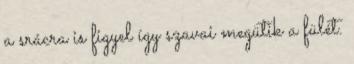
a srácra is figyel így szavai megütik a fülét.